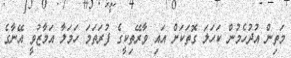
މަތިން އުދުހެމުން ކަހަލަ ގޮތަކަށް އައި ވާރޭތިކީގެ ފުރަތަމަ ހަމަލާ އަމާޒުވީ އޭނާގެ